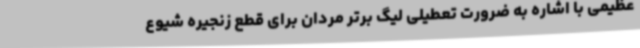
عظیمی با اشاره به ضرورت تعطیلی لیگ برتر مردان برای قطع زنجیره شیوع